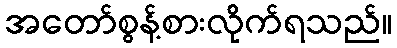
အတော်စွန့်စားလိုက်ရသည်။